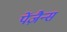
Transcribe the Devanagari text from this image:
पेंज़ैन्स